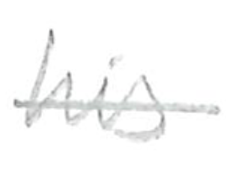
Text: his
Cross-out: single-line
Writing tool: pencil